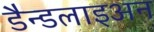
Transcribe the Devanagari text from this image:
डैन्डलाइअन